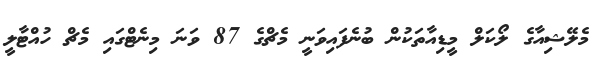
މެލޭޝިއާގެ ލޯކަލް މީޑިއާތަކުން ބުނެފައިވަނީ މެޗްގެ 87 ވަނަ މިނެޓްގައި މެޗް ހުއްޓާލީ